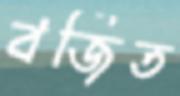
বর্জিত